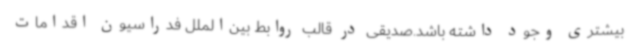
بیشتری وجود داشته باشد.صدیقی در قالب روابط بین‌الملل فدراسیون اقدامات